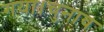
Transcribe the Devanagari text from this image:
गया।चुनाव